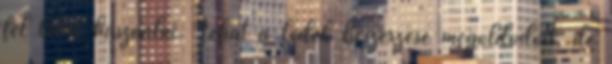
fel lehet használni. Tehát a ledek beszerzése megoldódott, de